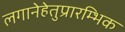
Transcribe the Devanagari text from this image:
लगानेहेतुप्रारम्भिक